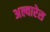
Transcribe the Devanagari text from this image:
अल्वारेस